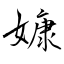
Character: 嫝